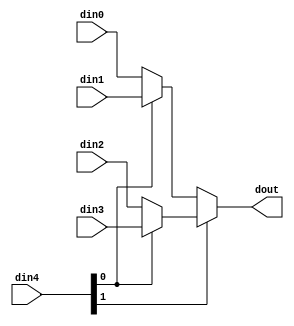
// ==============================================================
// Vivado(TM) HLS - High-Level Synthesis from C, C++ and SystemC v2020.1 (64-bit)
// Copyright 1986-2020 Xilinx, Inc. All Rights Reserved.
// ==============================================================

`timescale 1ns/1ps

module ConvolutionInputGenerator_1_ConvolutionInputGfYi #(
parameter
    ID                = 0,
    NUM_STAGE         = 1,
    din0_WIDTH       = 32,
    din1_WIDTH       = 32,
    din2_WIDTH       = 32,
    din3_WIDTH       = 32,
    din4_WIDTH         = 32,
    dout_WIDTH            = 32
)(
    input  [31 : 0]     din0,
    input  [31 : 0]     din1,
    input  [31 : 0]     din2,
    input  [31 : 0]     din3,
    input  [1 : 0]    din4,
    output [31 : 0]   dout);

// puts internal signals
wire [1 : 0]     sel;
// level 1 signals
wire [31 : 0]         mux_1_0;
wire [31 : 0]         mux_1_1;
// level 2 signals
wire [31 : 0]         mux_2_0;

assign sel = din4;

// Generate level 1 logic
assign mux_1_0 = (sel[0] == 0)? din0 : din1;
assign mux_1_1 = (sel[0] == 0)? din2 : din3;

// Generate level 2 logic
assign mux_2_0 = (sel[1] == 0)? mux_1_0 : mux_1_1;

// output logic
assign dout = mux_2_0;

endmodule